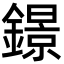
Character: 鐛